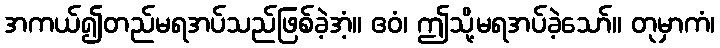
အကယ်၍တည်မရအပ်သည်ဖြစ်ခဲ့အံ့။ ဧဝံ၊ ဤသို့မရအပ်ခဲ့သော်။ တုမှာကံ၊